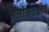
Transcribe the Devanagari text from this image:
मनोमयकोष